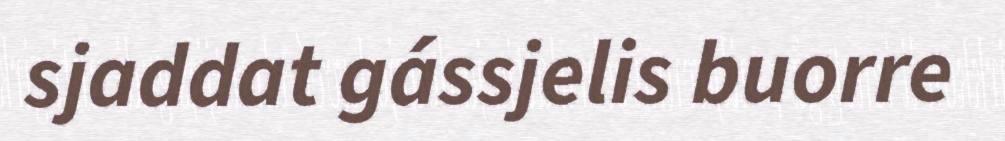
sjaddat gássjelis buorre